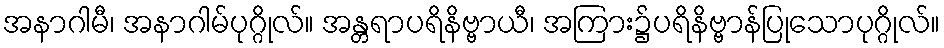
အနာဂါမီ၊ အနာဂါမ်ပုဂ္ဂိုလ်။ အန္တရာပရိနိဗ္ဗာယီ၊ အကြား၌ပရိနိဗ္ဗာန်ပြုသောပုဂ္ဂိုလ်။